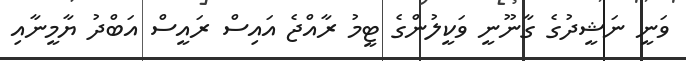
ވަނީ ނަޝީދުގެ ގާނޫނީ ވަކީލުންގެ ޓީމު ރާއްޖެ އައިސް ރައީސް އަބްދު ޔާމީނާއި